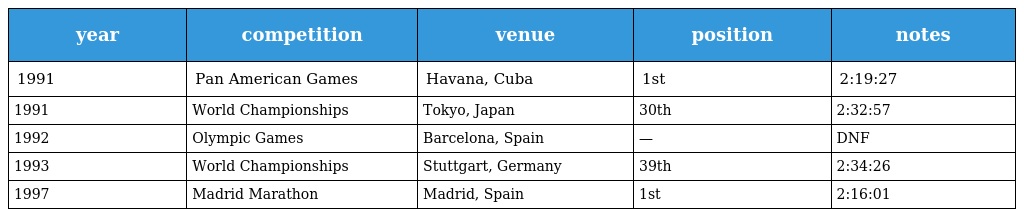
| year | competition | venue | position | notes |
 | --- | --- | --- | --- | --- |
 | 1991 | Pan American Games | Havana, Cuba | 1st | 2:19:27 |
 | 1991 | World Championships | Tokyo, Japan | 30th | 2:32:57 |
 | 1992 | Olympic Games | Barcelona, Spain | — | DNF |
 | 1993 | World Championships | Stuttgart, Germany | 39th | 2:34:26 |
 | 1997 | Madrid Marathon | Madrid, Spain | 1st | 2:16:01 |